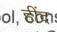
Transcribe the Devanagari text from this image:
हींद